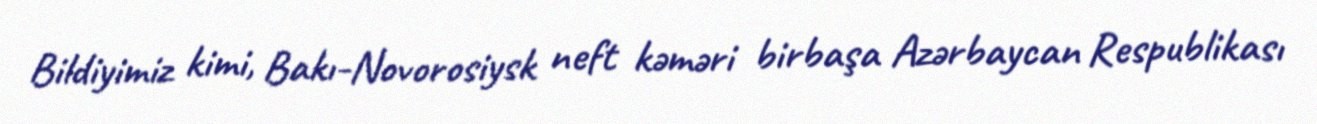
Bildiyimiz kimi, Bakı-Novorosiysk neft kəməri birbaşa Azərbaycan Respublikası